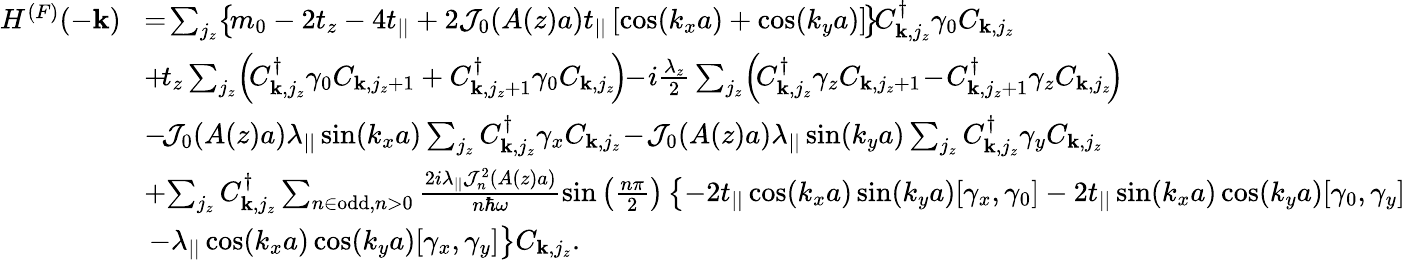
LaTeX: \begin{array}{rl}{H^{(F)}(-{\mathbf k})}&{\! =\! \sum_{j_{z}}\! \left\{ \! m_{0}-2t_{z}-4t_{||}+2{\cal J}_{0}(A(z)a)t_{||}\left[\cos(k_{x}a)+\cos(k_{y}a)\right]\! \right\} \! C_{{\mathbf k},j_{z}}^{\dagger}\gamma_{0}C_{{\mathbf k},j_{z}}}\\ &{\! +\! t_{z}\sum_{j_{z}}\! \left(\! C_{{\mathbf k},j_{z}}^{\dagger}\gamma_{0}C_{{\mathbf k},j_{z}+1}+C_{{\mathbf k},j_{z}+1}^{\dagger}\gamma_{0}C_{{\mathbf k},j_{z}}\! \right)\! \! -\! i\frac{\lambda_{z}}{2}\sum_{j_{z}}\! \left(\! C_{{\mathbf k},j_{z}}^{\dagger}\gamma_{z}C_{{\mathbf k},j_{z}+1}\! -\! C_{{\mathbf k},j_{z}+1}^{\dagger}\gamma_{z}C_{{\mathbf k},j_{z}}\! \right)\! }\\ &{\! -\! {\cal J}_{0}(A(z)a)\lambda_{||}\sin(k_{x}a)\sum_{j_{z}}C_{{\mathbf k},j_{z}}^{\dagger}\gamma_{x}C_{{\mathbf k},j_{z}}\! -\! {\cal J}_{0}(A(z)a)\lambda_{||}\sin(k_{y}a)\sum_{j_{z}}C_{{\mathbf k},j_{z}}^{\dagger}\gamma_{y}C_{{\mathbf k},j_{z}}}\\ &{\! +\! \sum_{j_{z}}C_{{\mathbf k},j_{z}}^{\dagger}\sum_{n\in\mathrm{odd},n>0}\frac{2i\lambda_{||}{\cal J}_{n}^{2}(A(z)a)}{n\hbar\omega}\sin\left(\frac{n\pi}{2}\right)\left\{ -2t_{||}\cos(k_{x}a)\sin(k_{y}a)[\gamma_{x},\gamma_{0}]-2t_{||}\sin(k_{x}a)\cos(k_{y}a)[\gamma_{0},\gamma_{y}]\right.}\\ &{\left.-\lambda_{||}\cos(k_{x}a)\cos(k_{y}a)[\gamma_{x},\gamma_{y}]\right\} C_{{\mathbf k},j_{z}}.}\end{array}